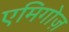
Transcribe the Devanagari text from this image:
एमिगोज़